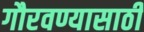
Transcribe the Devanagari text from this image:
गौरवण्यासाठी